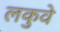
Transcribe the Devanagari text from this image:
लकुवे